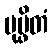
ပုပ္ဖိတံ